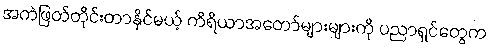
အကဲဖြတ်တိုင်းတာနိုင်မယ့် ကိရိယာအတော်များများကို ပညာရှင်တွေက